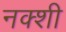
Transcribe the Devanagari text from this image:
नक्शी